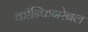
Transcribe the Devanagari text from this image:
कॉन्फिगरेबल